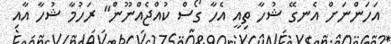
އަހަންނަށް އެނގޭ ޝުހާ ތިއީ އެހާ ގޯސް ކުއްޖެއްނޫން" ރަހުމާ ޝުހާ އާއި